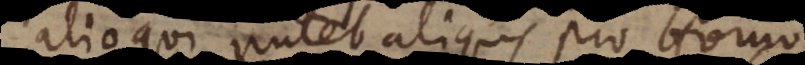
alioqui putet aliquis pro Homo